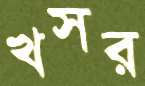
খসর